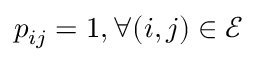
p _ { i j } = 1 , \forall ( i , j ) \in \mathcal { E }